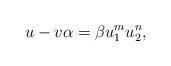
LaTeX: \begin{align*}u - v \alpha = \beta u_{1}^{m} u_{2}^{n},\end{align*}